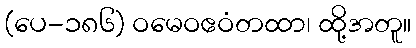
(ပေ-၁၈၆) ဝမေဝဧဝံတထာ၊ ထို့အတူ။